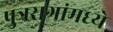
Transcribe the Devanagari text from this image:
पुत्ररागांमध्ये